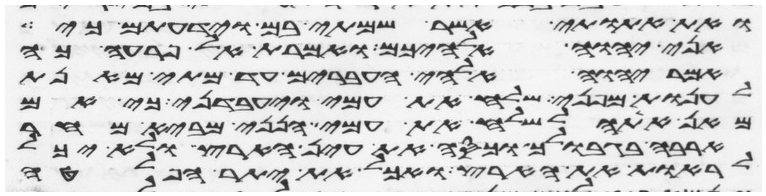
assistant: ואת אתותי אשר שמתי בם וידעתם כי
אני יהוה אלהיכם ואמרת אל פרעה כה
אמר יהוה אלהי העברים עד מתי מאנת
לענות מפני שלח את עמי ויעבדני כי אם
מאן אתה לשלח את עמי הנני מביא מחר
ארבה בגבולך וכסה את עין הארץ ולא יכל
לראות את הארץ ואכל את יתר הפלטה